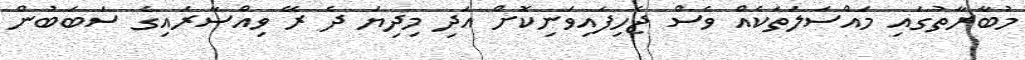
މުބާރާތުގައި މައްސަލަތަކެއް ވެސް ޖެހިފައިވަނިކޮށް އަދި މިދިޔަ ދެ ރޭ ވިއްސާރައިގެ ސަބަބުން